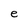
Character: e